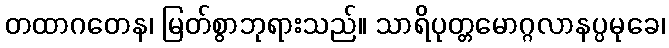
တထာဂတေန၊ မြတ်စွာဘုရားသည်။ သာရိပုတ္တမောဂ္ဂလာနပ္ပမုခေ၊